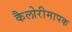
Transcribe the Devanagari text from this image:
कैलोरीमापक